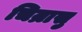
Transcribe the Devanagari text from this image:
चिन्रासु